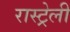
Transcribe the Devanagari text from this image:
रास्ट्रेली